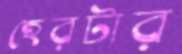
হেরটার